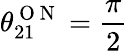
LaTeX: \theta_{21}^{\mathrm{~O~N~}}=\frac{\pi}{2}